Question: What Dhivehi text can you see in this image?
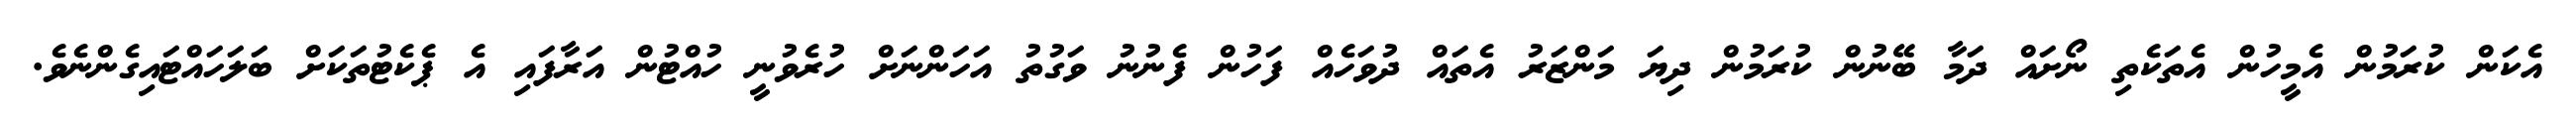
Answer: އެކަން ކުރަމުން އެމީހުން އެތަކެތި ނޯށައް ދަމާ ބޭނުން ކުރަމުން ދިޔަ މަންޒަރު އެތައް ދުވަހެއް ފަހުން ފެނުނު ވަގުތު އަހަންނަށް ހުރެވުނީ ހުއްޓުން އަރާފައި އެ ޕެކެޓުތަކަށް ބަލަހައްޓައިގެންނެވެ.